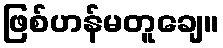
ဖြစ်ဟန်မတူချေ။